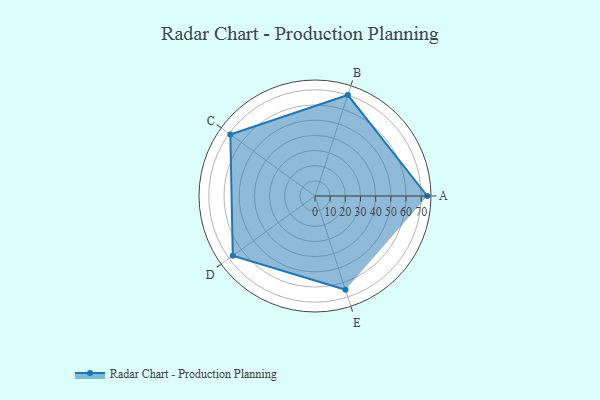
{"axis": {"x": "Skill", "y": "Score"}, "legend": ["Profile"], "data": [{"x": "A", "y": 74.0, "type": "Profile"}, {"x": "B", "y": 70.0, "type": "Profile"}, {"x": "C", "y": 69.0, "type": "Profile"}, {"x": "D", "y": 67.0, "type": "Profile"}, {"x": "E", "y": 65.0, "type": "Profile"}]}